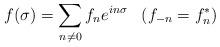
LaTeX: \begin{align*}f(\sigma) = \sum_{n \ne 0} f_n e^{ in\sigma }\;\;\;( f_{-n} = f_n^* )\end{align*}